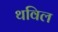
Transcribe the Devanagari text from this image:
थविल